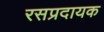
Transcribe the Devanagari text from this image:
रसप्रदायक